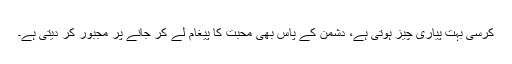
کرسی بہت پیاری چیز ہوتی ہے، دشمن کے پاس بھی محبت کا پیغام لے کر جانے پر مجبور کر دیتی ہے۔